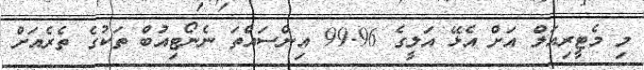
މި މެޓީރިއަލް އަށް އެޅޭ އަލީގެ 99.96 އިންސައްތަ ނެނޯޓިއުބް ތަކުގެ ތެރެއަށް